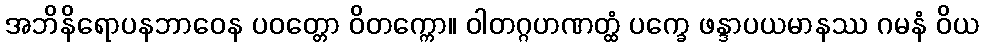
အဘိနိရောပနဘာဝေန ပဝတ္တော ဝိတက္ကော။ ဝါတဂ္ဂဟဏတ္ထံ ပက္ခေ ဖန္ဒာပယမာနဿ ဂမနံ ဝိယ